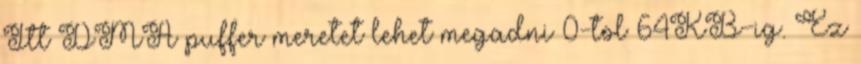
Itt DMA puffer meretet lehet megadni 0-tol 64KB-ig. Ez